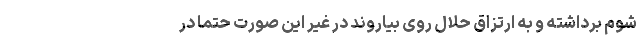
شوم برداشته و به ارتزاق حلال روی بیاروند در غیر این صورت حتماً در